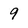
Character: 9